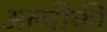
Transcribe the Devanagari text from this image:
अल्चीकी